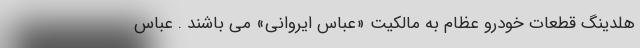
هلدینگ قطعات خودرو عظام به مالکیت «عباس ایروانی» می باشند . عباس